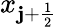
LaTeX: x_{\mathbf{j}+\frac{{1}}{{2}}}